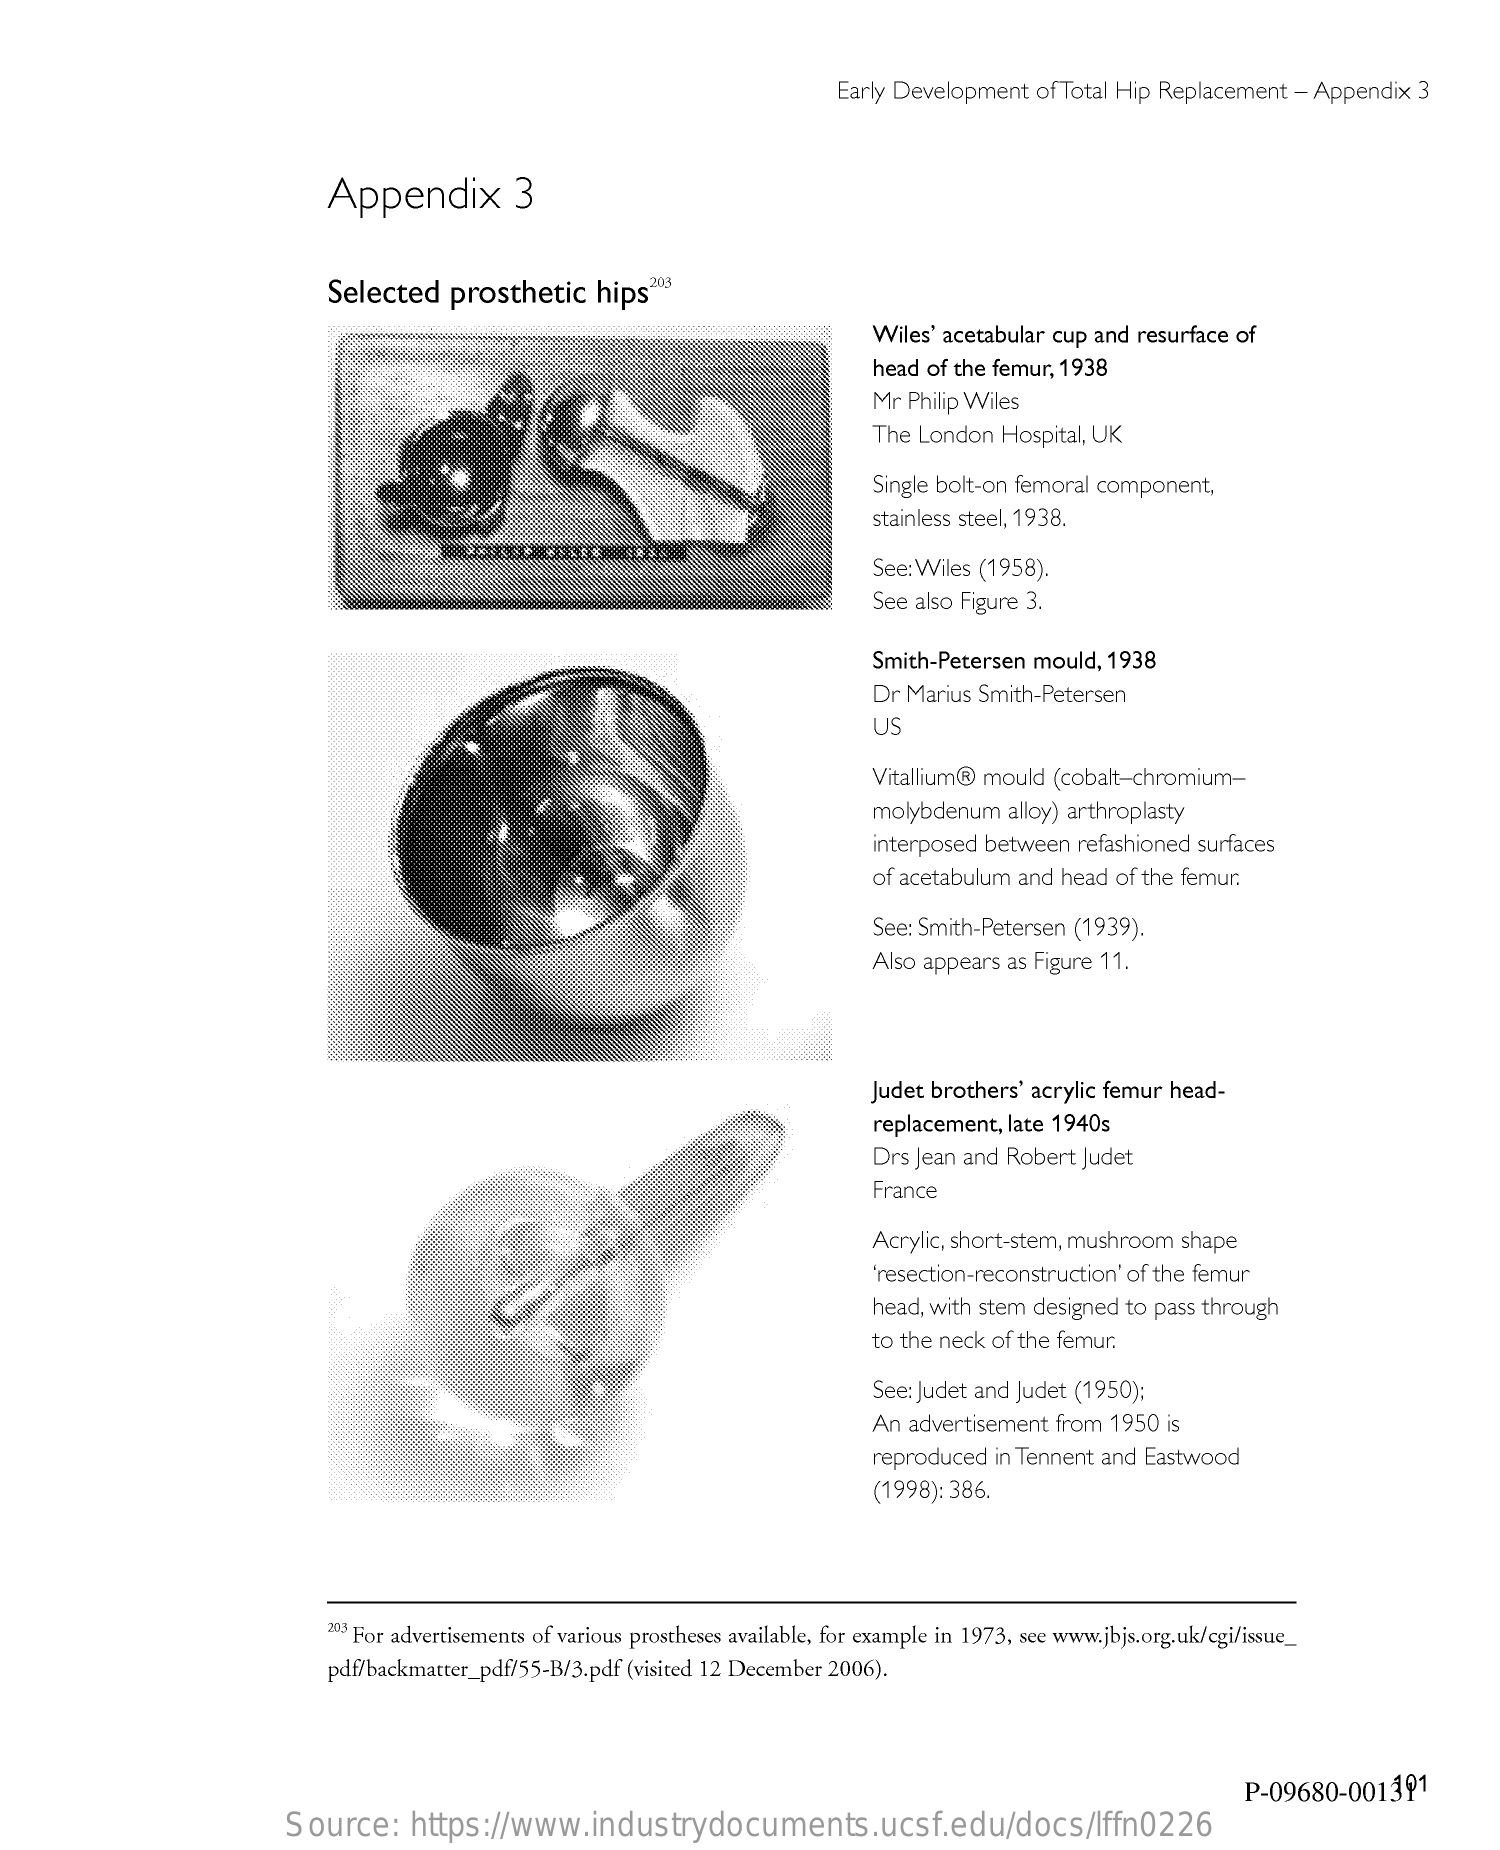
Early Development   of Total Hip Replacement - Appendix  3
     Appendix    3
     Selected    prosthetic    hips
     Wiles' acetabular cup and resurface of
     head of the femur, 1938
     Mr Philip Wiles
     The London  Hospital, UK
     Single bolt-on femoral component,
     stainless steel, 1938.
     See: Wiles (1958).
     See also Figure 3.
     Smith-Petersen mould,  1938
     Dr Marius Smith-Petersen
     US
     Vitallium® mould (cobalt-chromium-
     molybdenum   alloy) arthroplasty
     interposed between  refashioned surfaces
     of acetabulum and head  of the femur.
     See: Smith-Petersen (1939).
     Also appears as Figure 11.
     Judet brothers' acrylic femur head-
     replacement, late 1940s
     Drs Jean and Robert Judet
     France
     Acrylic, short-stem, mushroom shape
     'resection-reconstruction' of the femur
     head, with stem designed to pass through
     to the neck of the femur.
     See: Judet and Judet (1950);
     An advertisement  from 1950  is
     reproduced  in Tennent and Eastwood
     (1998): 386.
     20.3 For advertisements of various prostheses available, for example in 1973, see www.jbjs.org.uk/cgi/issue_
     pdf/backmatter_pdf/55-B/3.pdf (visited 12 December 2006).
     P-09680-001391
     Source:    https://www.industrydocuments.ucsf.edu/docs/lffn0226